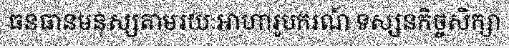
ធនធានមនុស្សតាមរយៈអាហារូបករណ៍ ទស្សនកិច្ចសិក្សា